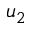
u _ { 2 }